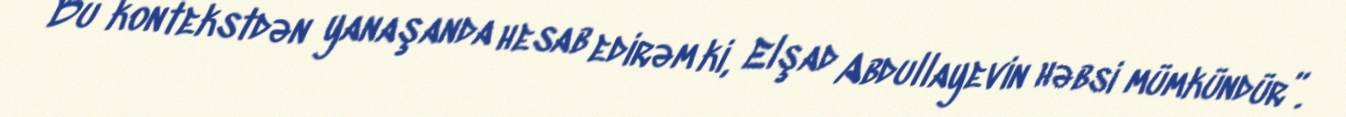
Bu kontekstdən yanaşanda hesab edirəm ki, Elşad Abdullayevin həbsi mümkündür”.